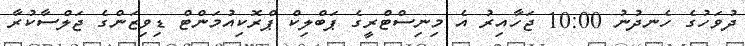
ދުވަހުގެ ހެނދުނު 10:00 ޖަހާއިރު އެ މިނިސްޓްރީގެ ޕަބްލިކް ޕްރޮކިއުމަންޓް ޑިވިޒަންގެ ޖަލްސާކުރާ